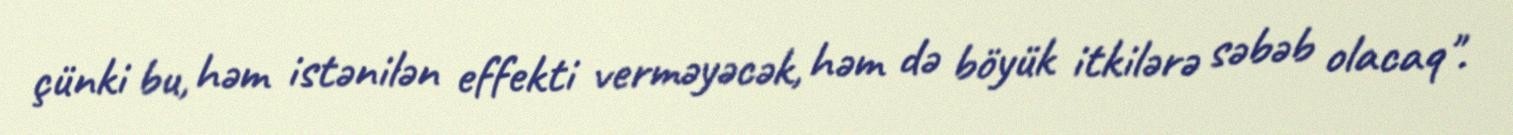
çünki bu, həm istənilən effekti verməyəcək, həm də böyük itkilərə səbəb olacaq".